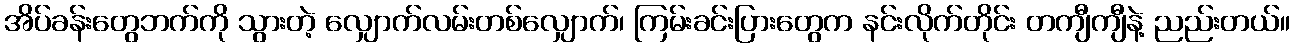
အိပ်ခန်းတွေဘက်ကို သွားတဲ့ လျှောက်လမ်းတစ်လျှောက်၊ ကြမ်းခင်းပြားတွေက နင်းလိုက်တိုင်း တကျီကျီနဲ့ ညည်းတယ်။